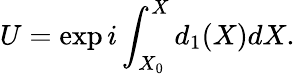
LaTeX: U=\exp{i\int_{X_{0}}^{X}d_{1}(X)dX}.